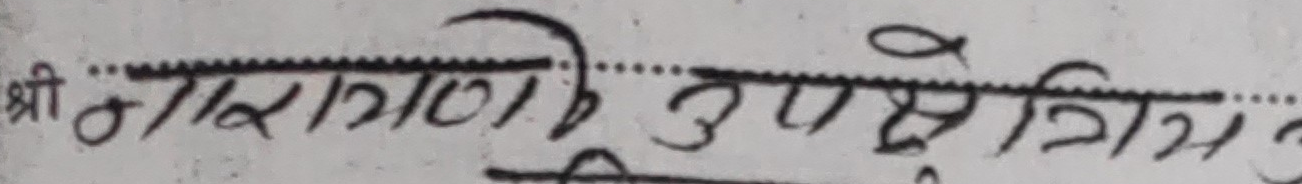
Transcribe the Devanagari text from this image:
श्री नारनारायेण उपसेत्रिस्